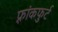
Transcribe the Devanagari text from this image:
फ़्रांकफुर्ट